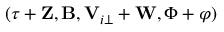
( \boldsymbol { \tau } + \mathbf { Z } , \mathbf B , \mathbf V _ { i \perp } + \mathbf { W } , \Phi + \varphi )